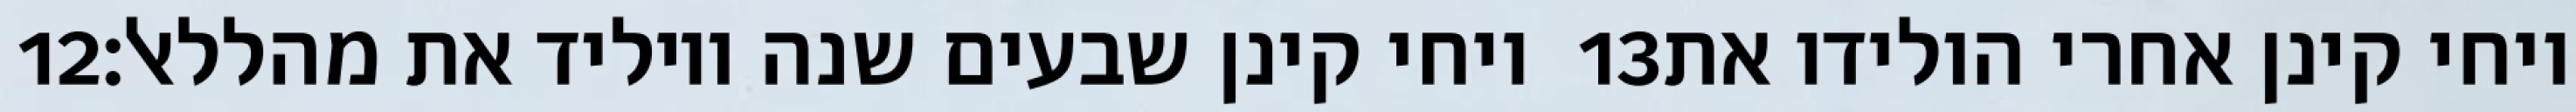
‎12‏ ויחי קינן שבעים שנה ויוליד את מהללאל׃ ‎13‏ ויחי קינן אחרי הולידו את